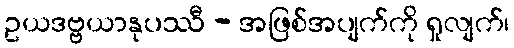
ဥယဒဗ္ဗယာနုပဿီ - အဖြစ်အပျက်ကို ရှုလျက်၊